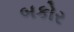
બકોર